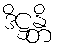
ဒိဋ္ဌန္တိ